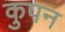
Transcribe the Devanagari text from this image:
कुपन